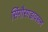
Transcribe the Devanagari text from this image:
सिंगौरगडावरून